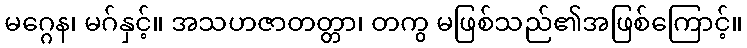
မဂ္ဂေန၊ မဂ်နှင့်။ အသဟဇာတတ္တာ၊ တကွ မဖြစ်သည်၏အဖြစ်ကြောင့်။